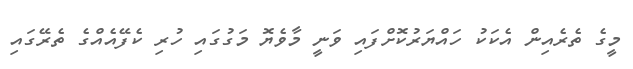
މީގެ ތެރެއިން އެކަކު ހައްޔަރުކޮށްފައި ވަނީ މާވެޔޮ މަގުގައި ހުރި ކެފޭއެއްގެ ތެރޭގައި